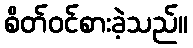
စိတ်ဝင်စားခဲ့သည်။